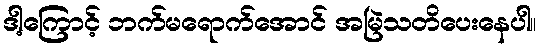
ဒါ့ကြောင့် ဘက်မရောက်အောင် အမြဲသတိပေးနေပါ။